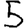
Digit: 5